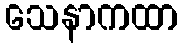
သေနာကထာ